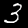
Label: 3